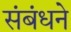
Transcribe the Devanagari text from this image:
संबंधने